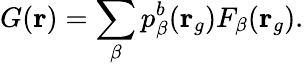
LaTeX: G(\mathbf{r})=\sum_{\beta}p_{\beta}^{b}(\mathbf{r}_{g})F_{\beta}(\mathbf{r}_{g}).